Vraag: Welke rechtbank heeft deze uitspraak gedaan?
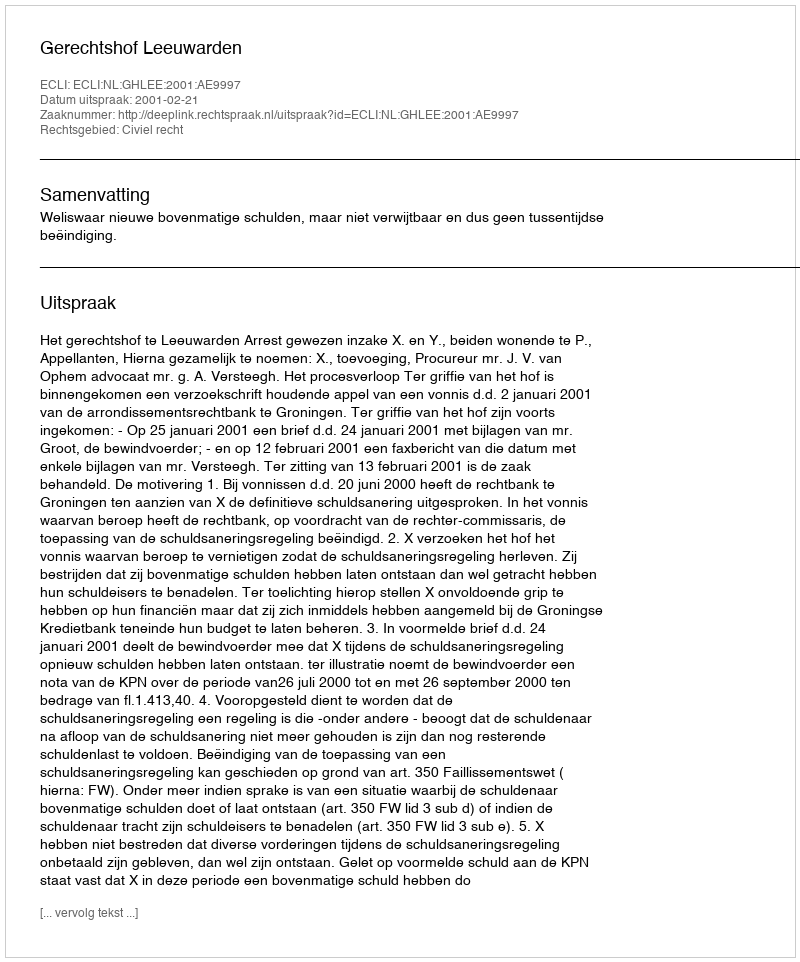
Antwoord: Gerechtshof Leeuwarden